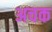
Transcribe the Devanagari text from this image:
अचक